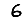
Digit: 6